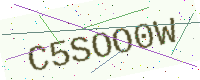
Text: C5SOO0W